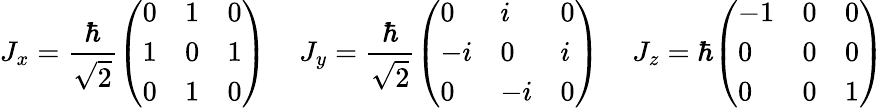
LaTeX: J_{x}={\frac{\hbar}{\sqrt{2}}}{\left(\begin{array}{lll}{0}&{1}&{0}\\ {1}&{0}&{1}\\ {0}&{1}&{0}\end{array}\right)}\, \quad J_{y}={\frac{\hbar}{\sqrt{2}}}{\left(\begin{array}{lll}{0}&{i}&{0}\\ {-i}&{0}&{i}\\ {0}&{-i}&{0}\end{array}\right)}\, \quad J_{z}=\hbar{\left(\begin{array}{lll}{-1}&{0}&{0}\\ {0}&{0}&{0}\\ {0}&{0}&{1}\end{array}\right)}